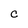
Character: C